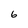
Character: 6